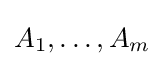
A_{1},\dots ,A_{m}